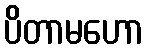
ပိတာမဟော